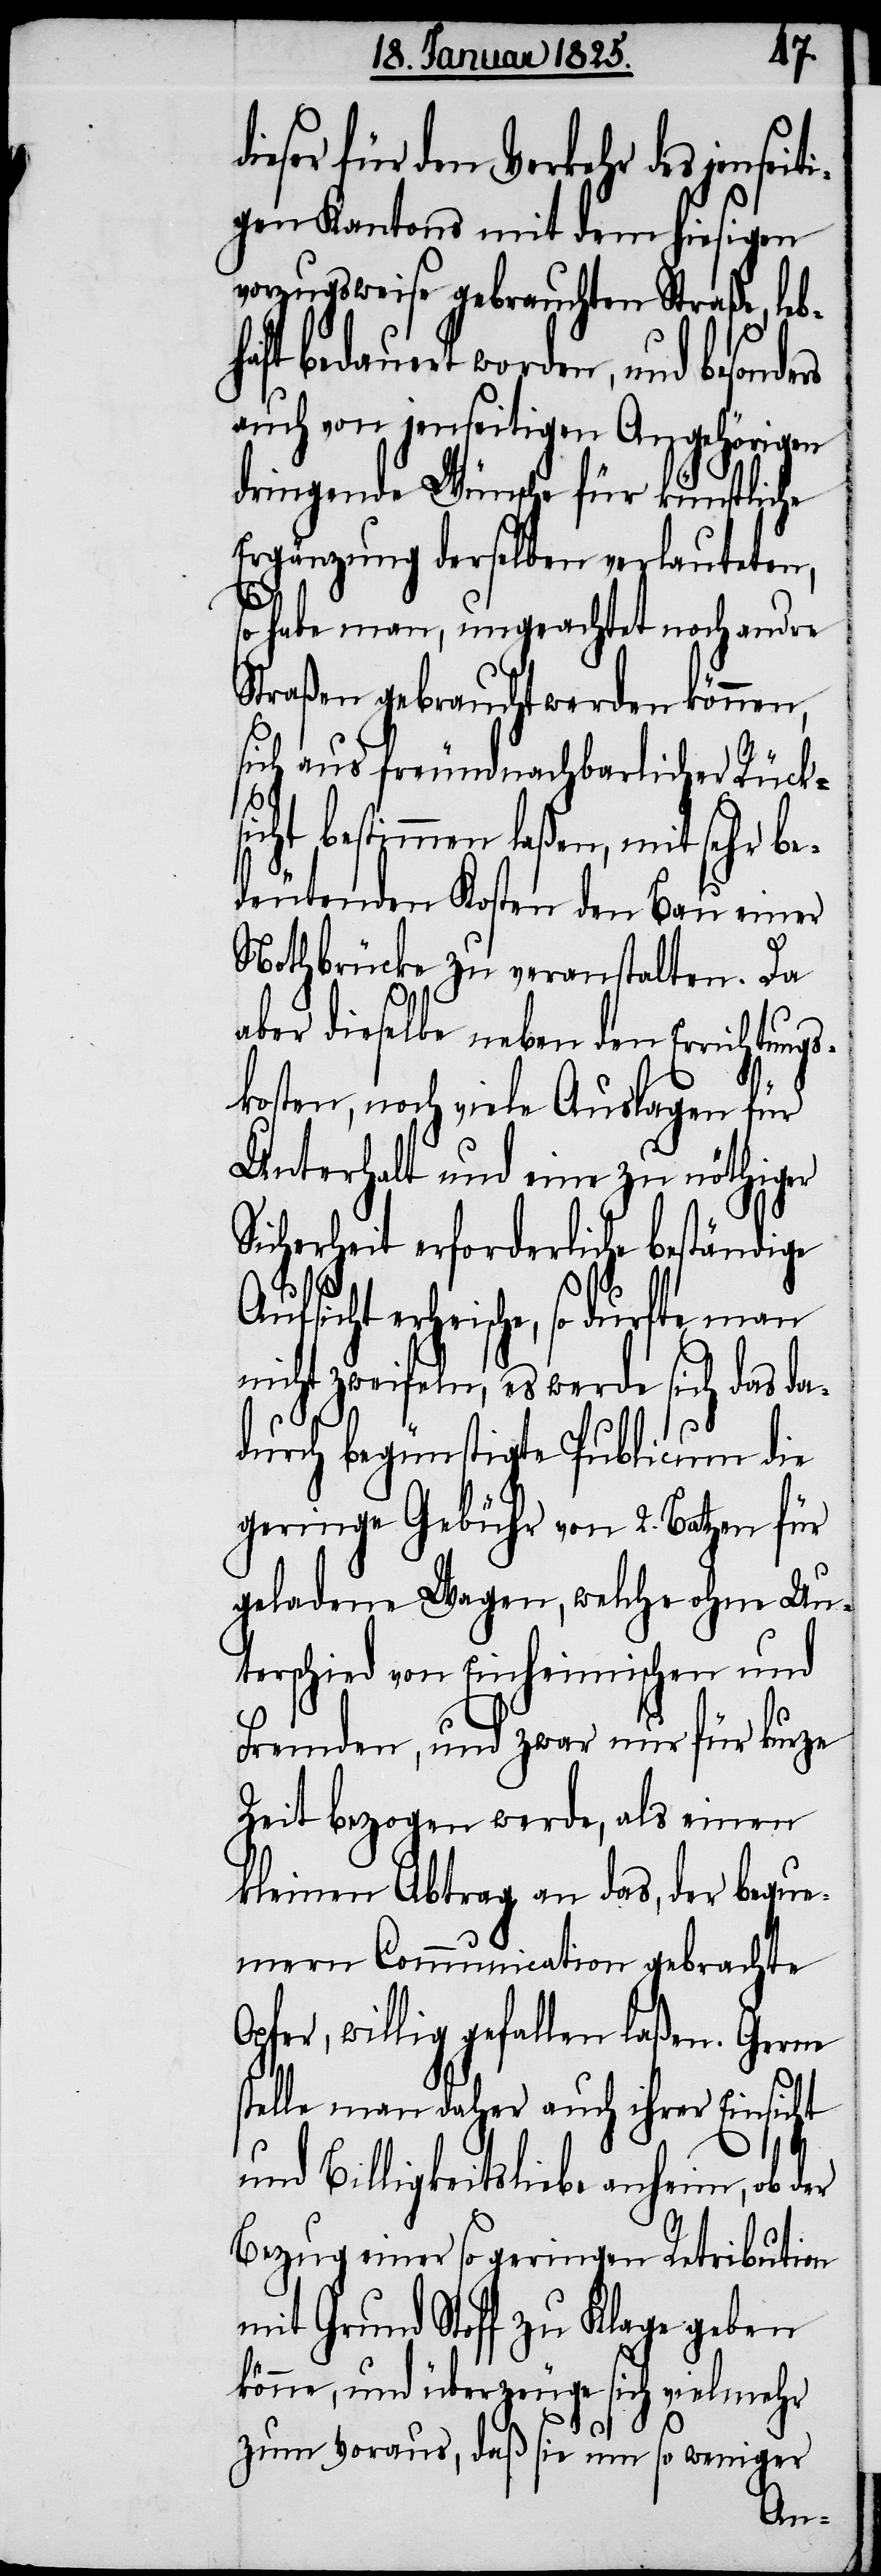
ieser für den Verkehr des jens¬
gen Kantons mit dem hiesigen
vorzugsweise gebrauchten Straße, habh¬
aft bedauert worden, und besonde¬
auch von jenseitigen Angehörigen
dringende Wünsche für künstliche
Ergänzung derselben verlauteten,
O¬
so habe man, ungeachtet noch andre
Straßen gebraucht werden können,
sich aus freundnachbarlicher Rücks¬
icht bestimmen laßen, mit sehr be¬
deutenden Kosten den Bau einer
Nothbrücke zu veranstalten. Da
aber dieselbe neben den Errichtun¬
kosten, noch viele Auslagen für
Unterhalt und eine zu nöthiger
Sicherheit erforderliche beständige
Aufsicht erheische, so durfte man
nicht zweifeln, es werde sich das da¬
durch begünstigte Publicum die
geringe Gebühr von 2. Batzen für
geladene Wagen, welche ohne Un¬
terschied von Einheimischen und
Fremden, und zwar nur für kurze
Zeit bezogen werde, als einen
kleinen Abtrag an das, der beque¬
mern Communication gebrachte
pfer, willig gefallen laßen. Gerne
stelle man daher auch ihrer Einsicht
und Billigkeitsliebe anheim, ob der
Bezug einer so geringen Retribution
mit Grund zu Klage geben
könne, und überzeuge sich vielmehr
zum Voraus, daß sie um so weniger